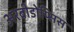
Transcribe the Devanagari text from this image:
अरबीडोप्सिस